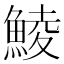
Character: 鯪